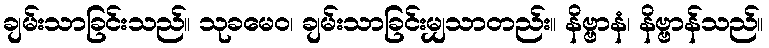
ချမ်းသာခြင်းသည်။ သုခမေဝ၊ ချမ်းသာခြင်းမျှသာတည်း။ နိဗ္ဗာနံ၊ နိဗ္ဗာန်သည်။